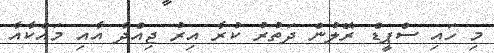
މި ހައި ސްޕީޑް ރޭލުން ދަތުރު ކުރާ އިރު ޖިއްދާ އާއި މައްކާއާ